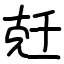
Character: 兛